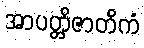
အာပတ္တိဇာတိကံ